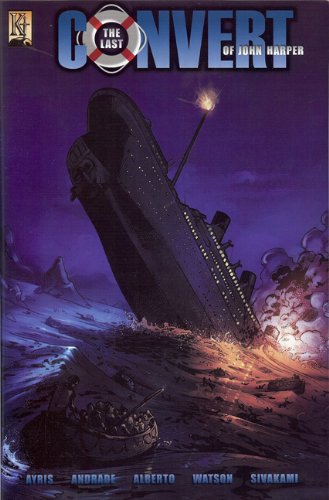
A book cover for The Last Convert of John Harper; Art Ayris; Comics & Graphic Novels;